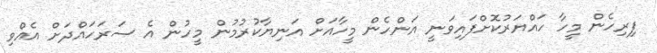
ފިރިހެން މީހާ ހައްޔަރުކޮށްފައިވަނީ އަންހެން މީހާއަށް އަނިޔާކުރުމުން މީހުން އެ ސަރަހައްދަށް އެއްވި